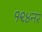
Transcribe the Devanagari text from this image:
१९४नर